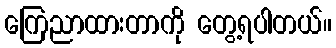
ကြေညာထားတာကို တွေ့ရပါတယ်။